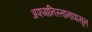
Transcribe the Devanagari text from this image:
अफगानिस्तानापासून